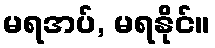
မရအပ်, မရနိုင်။